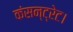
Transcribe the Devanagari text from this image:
कंसन्ट्रेट।